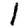
Digit: 1